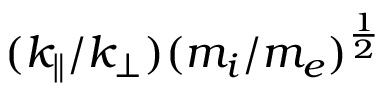
( k _ { \| } / k _ { \bot } ) ( m _ { i } / m _ { e } ) ^ { \frac { 1 } { 2 } }